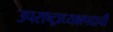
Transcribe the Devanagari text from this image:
उपराष्ट्राध्यक्षपदाची